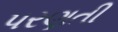
પરણતી